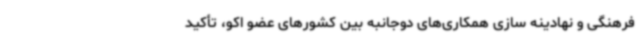
فرهنگی و نهادینه سازی همکاری‌های دوجانبه بین کشورهای عضو اکو، تأکید